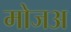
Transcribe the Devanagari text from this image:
मोजअ